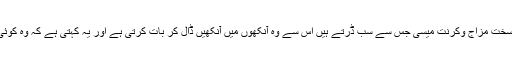
محبت میں پہل بھی وہی کرتی ہے، سخت مزاج وکرنت میسی جس سے سب ڈرتے ہیں اس سے وہ آنکھوں میں آنکھیں ڈال کر بات کرتی ہے اور یہ کہتی ہے کہ وہ کوئی حکومت نہیں جو وہ اس سے ڈرے۔